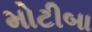
મોટીબા